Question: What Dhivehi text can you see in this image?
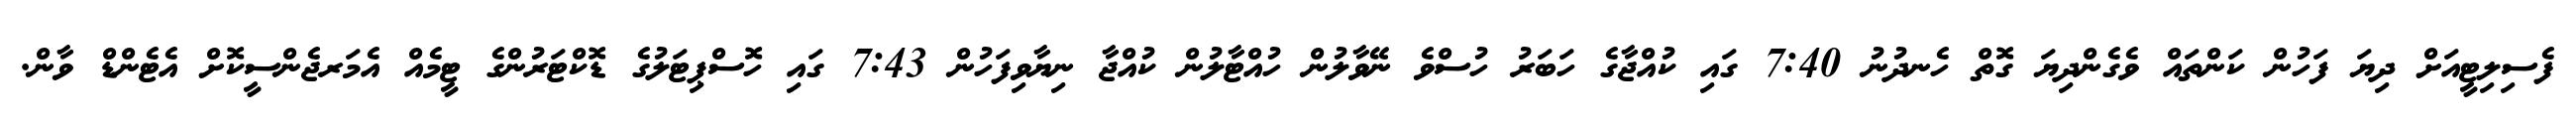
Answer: ފެސިލިޓީއަށް ދިޔަ ފަހުން ކަންތައް ވެގެންދިޔަ ގޮތް ހެނދުނު 7:40 ގައި ކުއްޖާގެ ހަބަރު ހުސްވެ ނޭވާލުން ހުއްޓާލުން ކުއްޖާ ނިޔާވިފަހުން 7:43 ގައި ހޮސްޕިޓަލުގެ ޑޮކްޓަރުންގެ ޓީމެއް އެމަރޖެންސީކޮށް އެޓެންޑް ވާން.